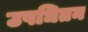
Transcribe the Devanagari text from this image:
उपधितन